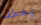
يخطف